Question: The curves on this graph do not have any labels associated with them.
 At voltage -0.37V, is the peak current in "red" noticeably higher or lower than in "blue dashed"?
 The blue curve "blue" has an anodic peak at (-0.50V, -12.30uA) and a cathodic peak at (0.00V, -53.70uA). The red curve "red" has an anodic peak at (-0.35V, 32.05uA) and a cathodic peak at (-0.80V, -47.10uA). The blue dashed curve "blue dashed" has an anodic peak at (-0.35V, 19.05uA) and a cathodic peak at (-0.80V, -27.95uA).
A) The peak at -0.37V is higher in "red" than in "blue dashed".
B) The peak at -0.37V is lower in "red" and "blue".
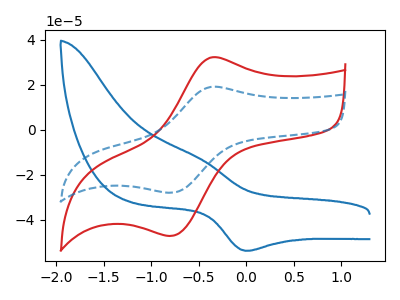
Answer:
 <answer>A) The peak at -0.37V is higher in "red" than in "blue dashed".</answer>
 <eval>A</eval>